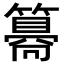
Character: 𥵑